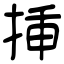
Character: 挿